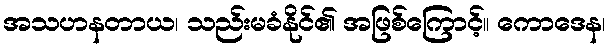
အသဟနတာယ၊ သည်းမခံနိုင်၏ အဖြစ်ကြောင့်။ ကောဒေန၊